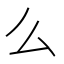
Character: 么